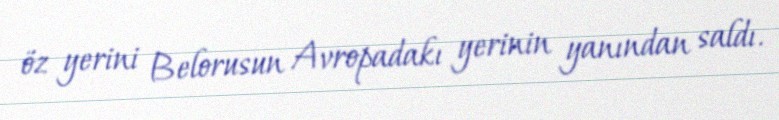
öz yerini Belorusun Avropadakı yerinin yanından saldı.